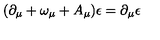
( \partial _ { \mu } + \omega _ { \mu } + A _ { \mu } ) \epsilon = \partial _ { \mu } \epsilon